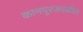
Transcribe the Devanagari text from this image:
कानपूरजवळील